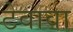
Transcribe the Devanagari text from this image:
टेवावा